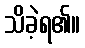
သိခဲ့ရ၏။